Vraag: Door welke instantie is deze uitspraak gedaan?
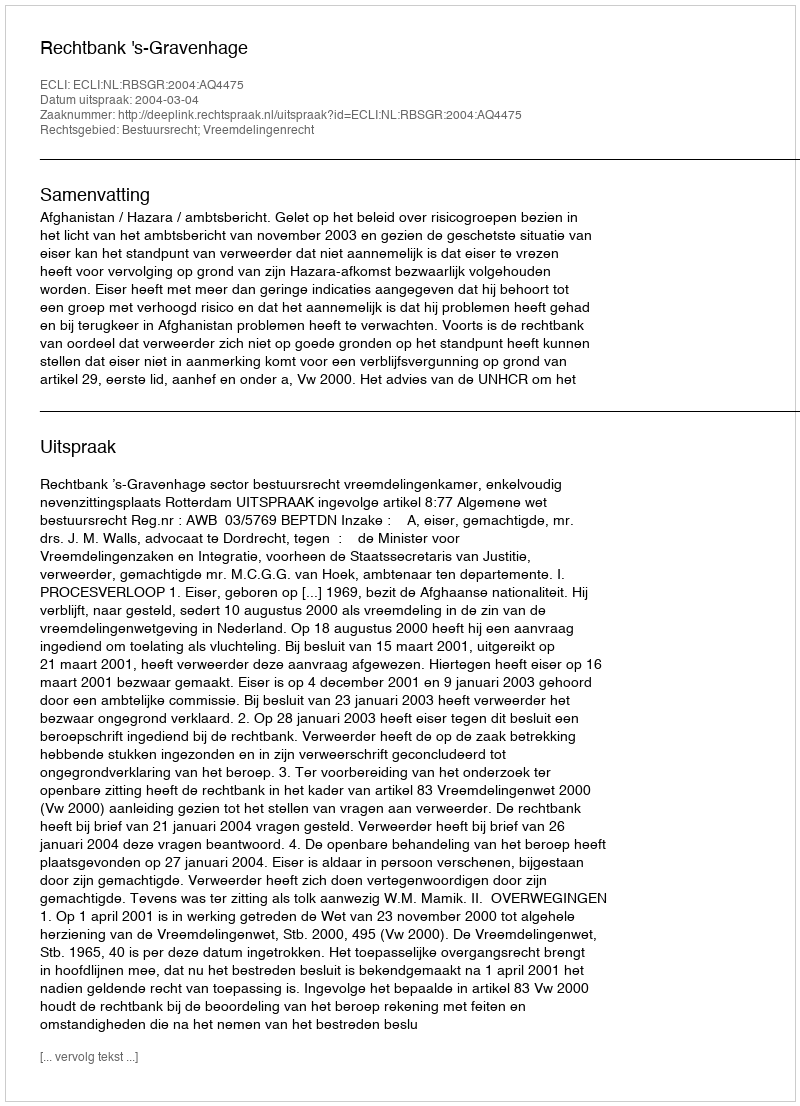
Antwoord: Rechtbank 's-Gravenhage